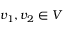
v _ { 1 } , v _ { 2 } \in V